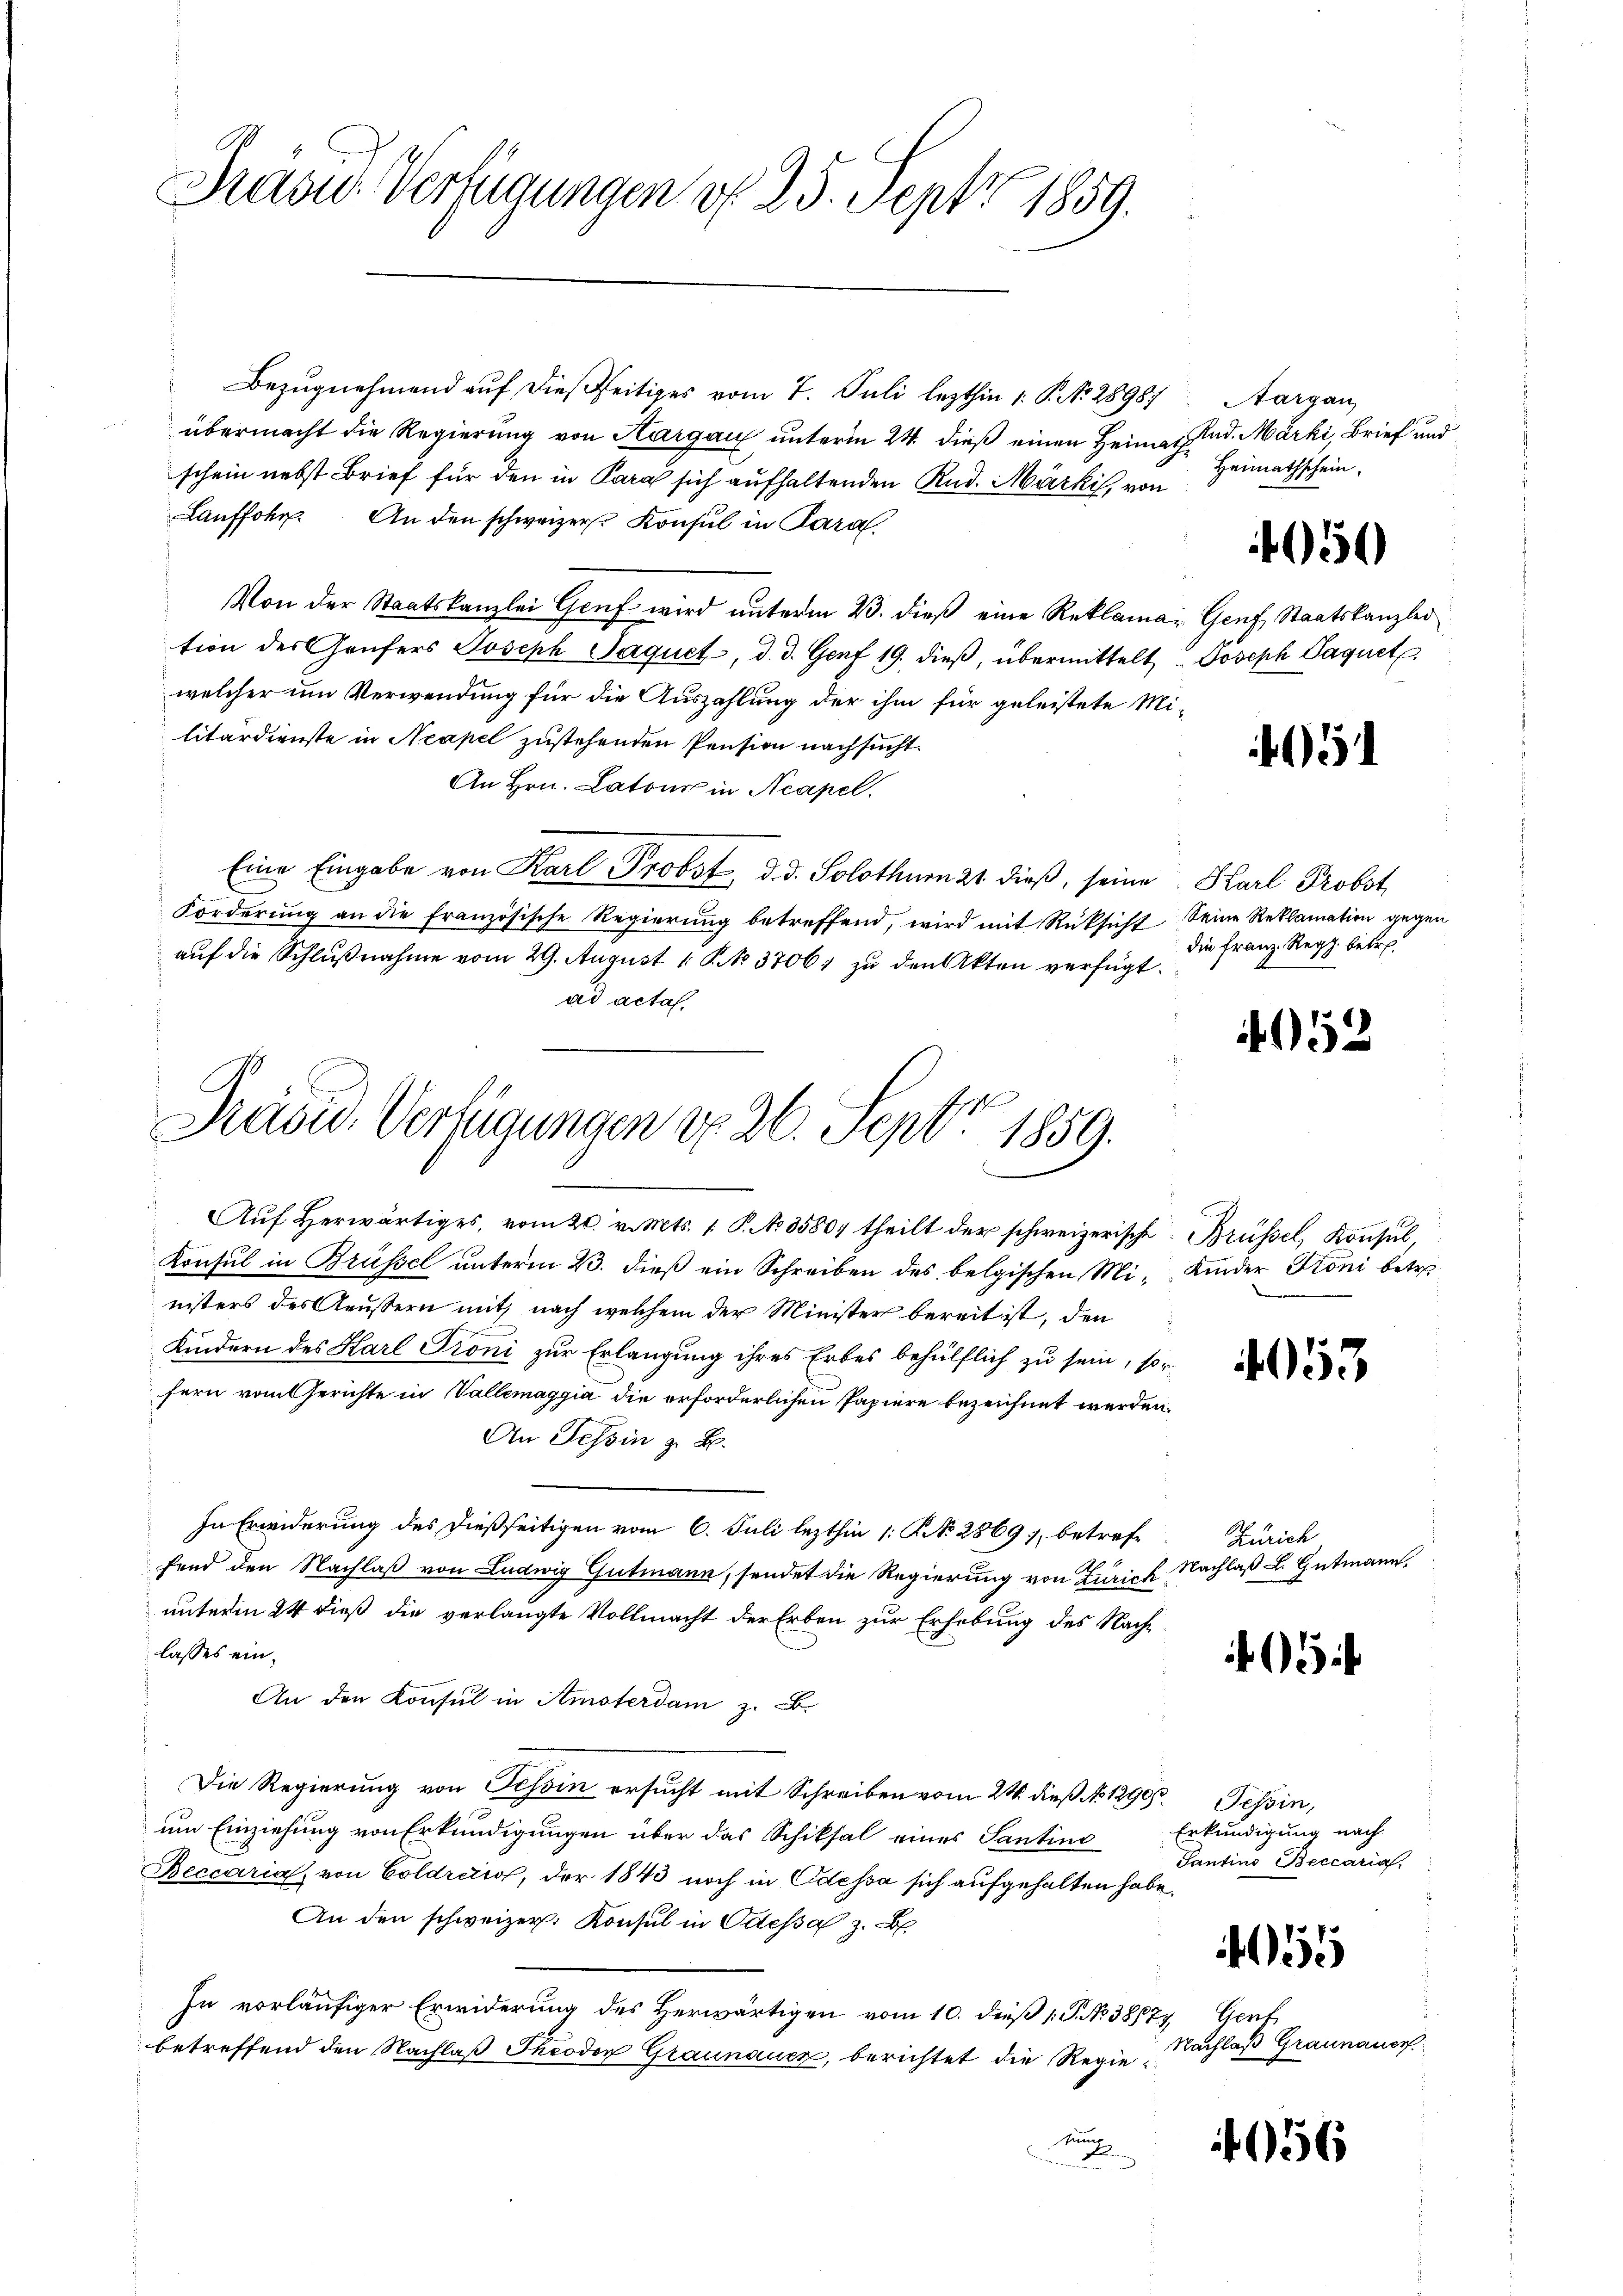
Pasu- Verfügungen d. 25. Sept 1859.

Bezugnehmend auf dießseitiges vom 7. Juli lezthin 1. P. No. 28987
übermacht die Regierung von Aargau unterm 24. dieß einen Heimat d. Märki, Brief und
schein nebst Brief für den in Kara sich aufhaltenden Rud. Märki, von
Lauffohr. An den schweizer. Konsul in Paral
Von der Staatskanzlei Genf wird unterm 23. dieß eine Reklamar Genf, Staatskanzlei
tion der aufers Joseph Jaquet, d. d. Genf 19. dieß, übermittelt. Joseph Paquet
welcher um Verwendung für die Auszahlung der ihm für geleistete Mi-
litärdienste in Neapel zustehenden Pension nachsucht.
An Hrn. Latons in Neapel.
Eine Eingabe von Karl Probst, d. d. Solothurn 21 dieß, seine Karl Probst
Forderung an die französische Regierung betreffend, wird mit Rüksicht seine Reklamation gegen
aŭf die Schlŭβnahme vom 29. August 1 P. N. 3706) zu den Akten verfügt:
ad acta.

Präsid. Verfügungen d. 26. Sept. 1859.

Aŭf herwärtiges, vom 20. v. Mts. 1 P. No. 3580. theilt der schweizerische Brüssel, Konsul,
Konsul in Brüssel unterm 23. dieß ein Schreiben des belgischen Mi-Kinder Troni betr.
nisters des Aeußern mit nach welchem der Minister bereit ist, den
Kindern des Harl Proni zur Erlangung ihres Erbes behülflich zu sein, sor
fern vom Gerichte in Vallemaggia die erforderlichen Papiere bezeichnet werden.
An Tessin z. B.
In Erwiderung des dießseitigen vom 6. Juli lezthin 1 S. 2869), betreffend den Nachlaß von Ludwig Gutmann, sendet die Regierung von Zürich Nachlaß . Gutmann,
unterm 24 dieß die verlangte Vollmacht der Erben zur Erhebung des Nachlasses ein¬
An den Konsul in Amsterdam z. B.
Die Regierung von Tessin ersucht mit Schreiben vom 24. dieß NNo. 1290, Tessin,
um Einziehung von Erkundigungen über das Schiksal eines Santine Erkundigung nach
Beccaria, von Coldreis, der 1843 noch in Odessa sich aufgehalten habe.
An den schweizer. Konsul in Odessa z. B
In vorläufiger Erwiderung des Herwärtigen vom 10. dieß P. No 38877, Genf
betreffend den Nachlaß Theodor Graunauer, berichtet die Regier

Aargau,
Heimathschein.

450

5

die Franz. Regg. betre

452

4053

Zürich

Tantino Beccaria,

5

Nachlaß Graunauer

456